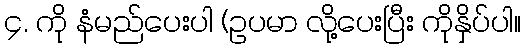
၄. ကို နံမည်ပေးပါ (ဥပမာ လို့ပေးပြီး ကိုနှိပ်ပါ။